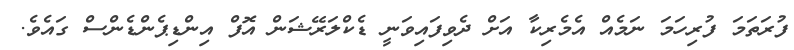
ފުރަތަމަ ފުރިހަމަ ނަމެއް އެމެރިކާ އަށް ދެވިފައިވަނީ ޑެކްލަރޭޝަން އޮފް އިންޑިޕެންޑެންސް ގައެވެ.